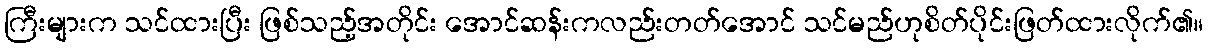
ကြီးများက သင်ထားပြီး ဖြစ်သည့်အတိုင်း အောင်ဆန်းကလည်းတတ်အောင် သင်မည်ဟုစိတ်ပိုင်းဖြတ်ထားလိုက်၏။